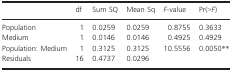
|  | df | Sum SQ | Mean Sq | F-value | Pr(>F) |
 | --- | --- | --- | --- | --- | --- |
 | Population | 1 | 0.0259 | 0.0259 | 0.8755 | 0.3633 |
 | Medium | 1 | 0.0146 | 0.0146 | 0.4925 | 0.4929 |
 | Population: Medium | 1 | 0.3125 | 0.3125 | 10.5556 | 0.0050** |
 | Residuals | 16 | 0.4737 | 0.0296 |  |  |